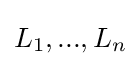
L_{1},...,L_{n}